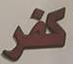
كفر